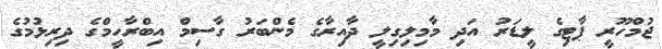
ޖުމްހޫރީ ޕާޓިގެ ލީޑަރު އަދި މާމިލިގިލީ ދާއިރާގެ މެންބަރު ގާސިމް އިބްރާހީމްގެ ދިރިޅުމުގެ